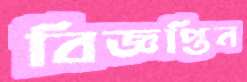
বিজ্ঞপ্তিন